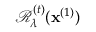
\mathcal { R } _ { \lambda } ^ { ( t ) } ( \mathbf { x } ^ { ( 1 ) } )